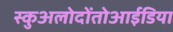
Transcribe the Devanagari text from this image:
स्कुअलोदोंतोआईडिया